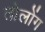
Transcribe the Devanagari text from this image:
तोलोंग